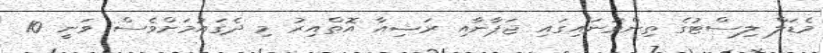
މެޑަލް ލިސްޓުގެ ތިންވަނައިގައި ޖަޕާނާއި ރަޝިއާ އޮތްއިރު މި ދެގައުމަށްވެސް ވަނީ 10